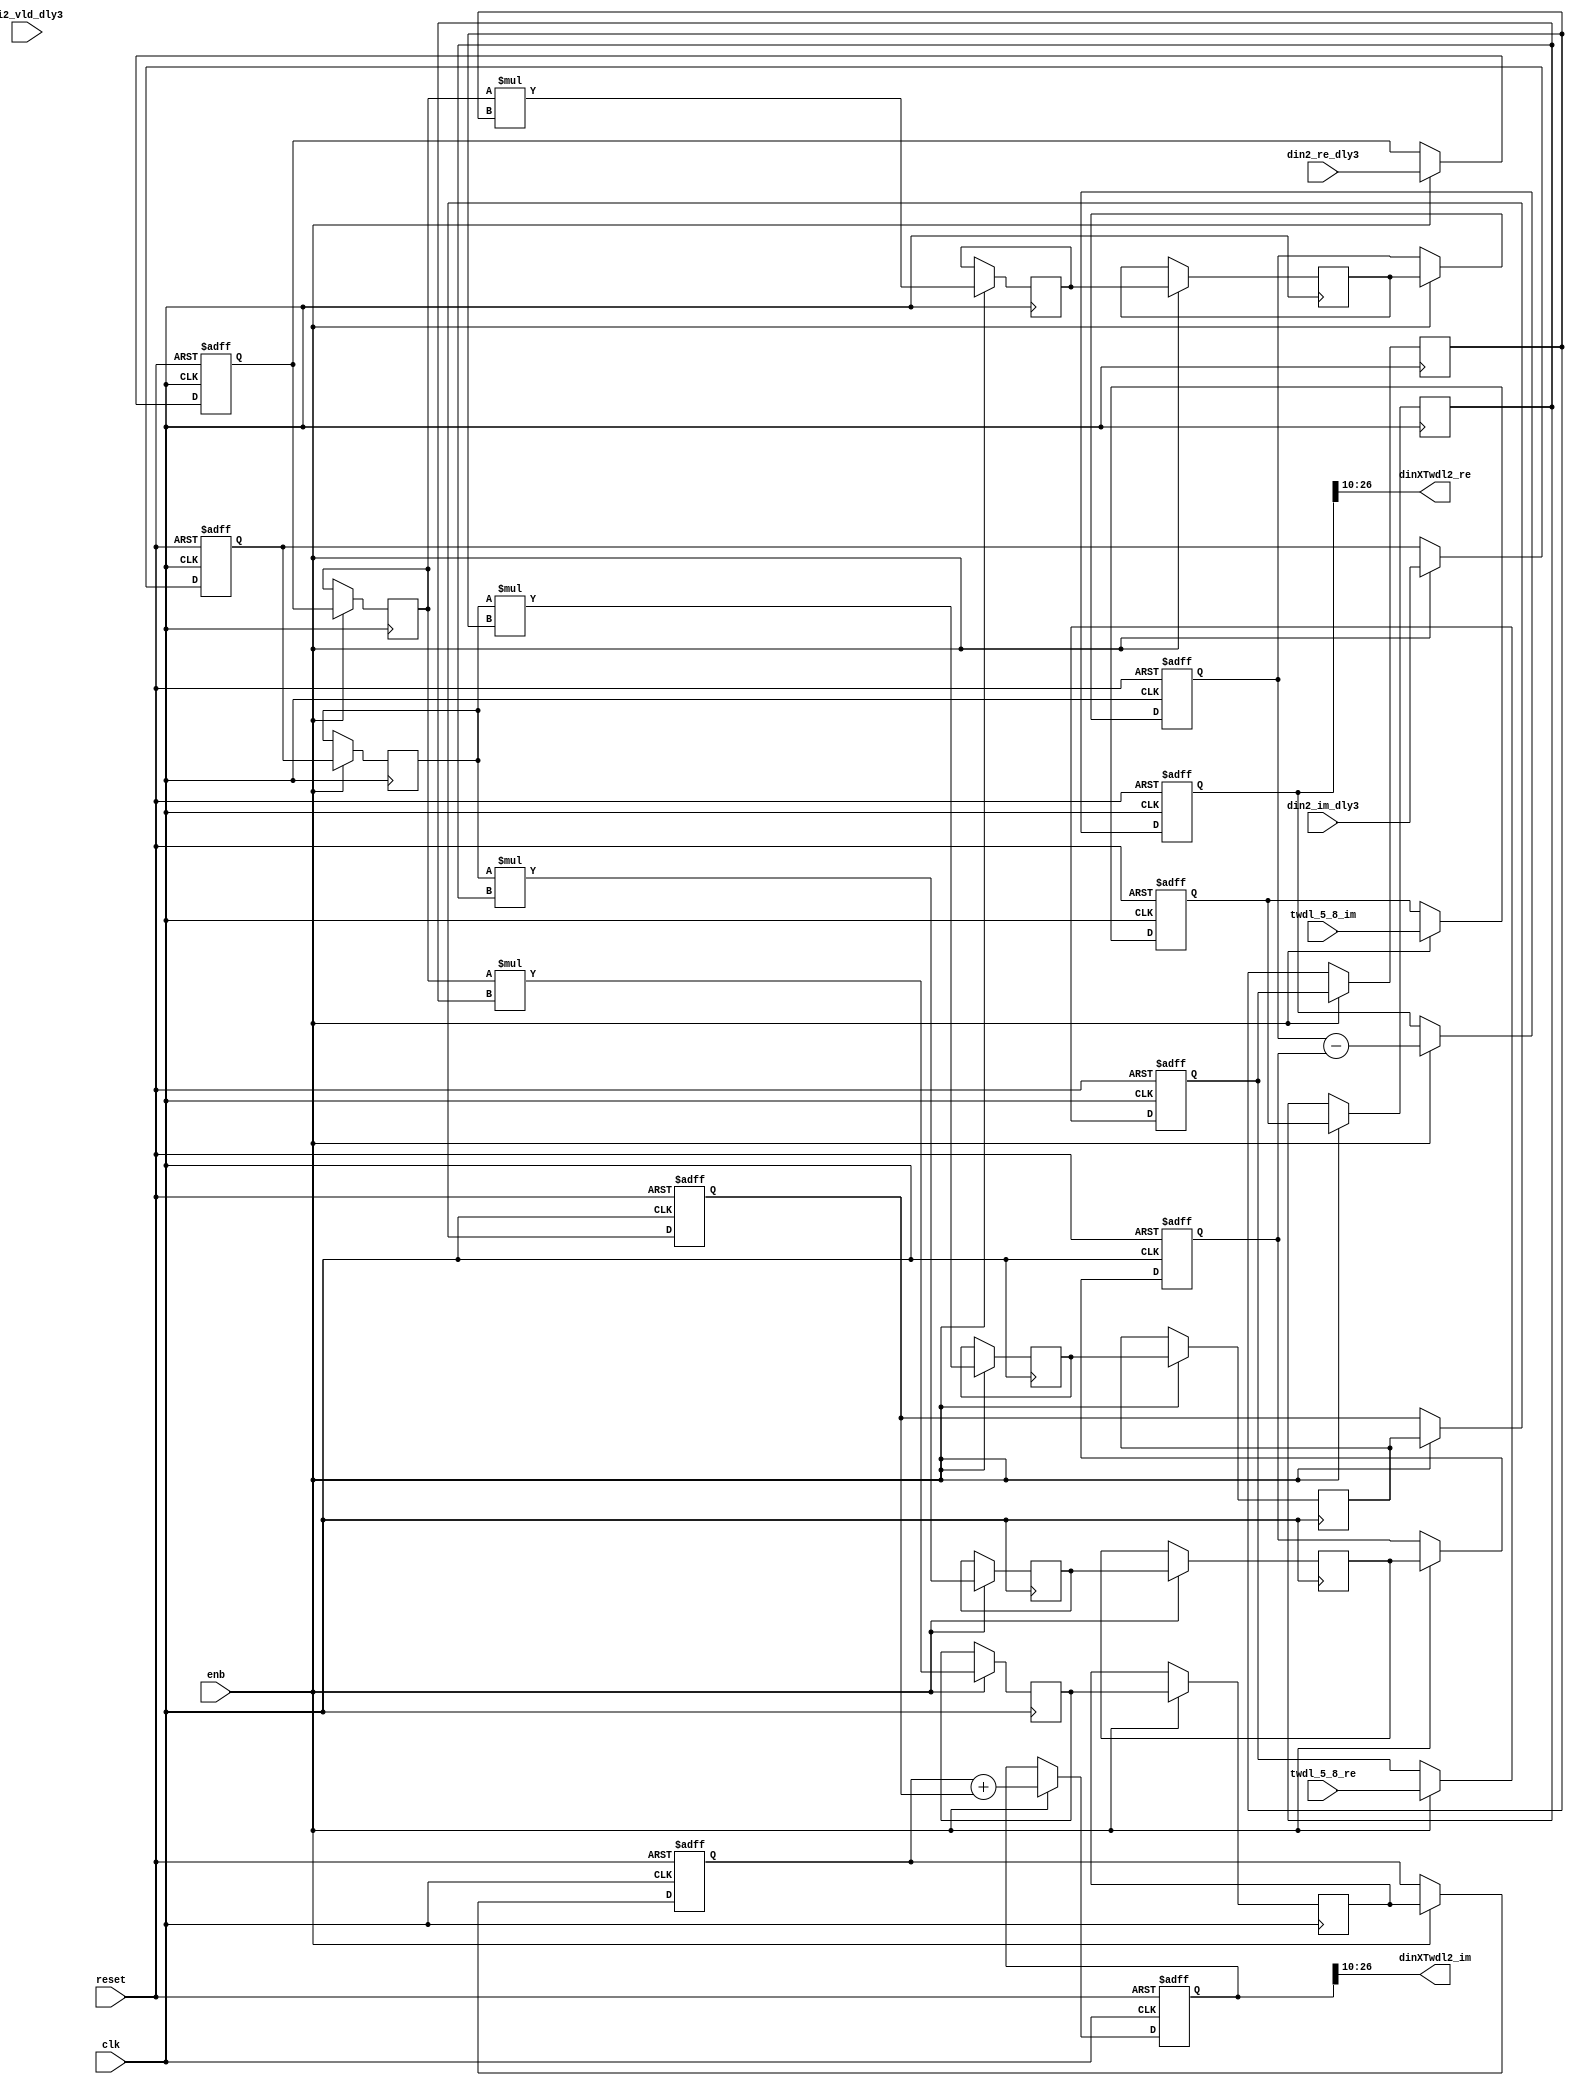
// -------------------------------------------------------------
// 
// 
// Generated by MATLAB 9.14 and HDL Coder 4.1
// 
// -------------------------------------------------------------


// -------------------------------------------------------------
// 
// Module: Complex4Multiply_block30
// Source Path: RSP/RSP/Velocity Processor/Doppler Processing/Doppler Processor/FFT/RADIX22FFT_SDNF1_5/Complex4Multiply
// Hierarchy Level: 6
// 
// -------------------------------------------------------------

`timescale 1 ns / 1 ns

module Complex4Multiply_block30
          (clk,
           reset,
           enb,
           din2_re_dly3,
           din2_im_dly3,
           di2_vld_dly3,
           twdl_5_8_re,
           twdl_5_8_im,
           dinXTwdl2_re,
           dinXTwdl2_im);


  input   clk;
  input   reset;
  input   enb;
  input   signed [16:0] din2_re_dly3;  // sfix17_En10
  input   signed [16:0] din2_im_dly3;  // sfix17_En10
  input   di2_vld_dly3;
  input   signed [11:0] twdl_5_8_re;  // sfix12_En10
  input   signed [11:0] twdl_5_8_im;  // sfix12_En10
  output  signed [16:0] dinXTwdl2_re;  // sfix17_En10
  output  signed [16:0] dinXTwdl2_im;  // sfix17_En10


  reg signed [16:0] din_re_reg;  // sfix17_En10
  reg signed [16:0] din_im_reg;  // sfix17_En10
  reg signed [11:0] twdl_re_reg;  // sfix12_En10
  reg signed [11:0] twdl_im_reg;  // sfix12_En10
  reg signed [16:0] Complex4Multiply_din1_re_pipe1;  // sfix17
  reg signed [16:0] Complex4Multiply_din1_im_pipe1;  // sfix17
  reg signed [28:0] Complex4Multiply_mult1_re_pipe1;  // sfix29
  reg signed [28:0] Complex4Multiply_mult2_re_pipe1;  // sfix29
  reg signed [28:0] Complex4Multiply_mult1_im_pipe1;  // sfix29
  reg signed [28:0] Complex4Multiply_mult2_im_pipe1;  // sfix29
  reg signed [11:0] Complex4Multiply_twiddle_re_pipe1;  // sfix12
  reg signed [11:0] Complex4Multiply_twiddle_im_pipe1;  // sfix12
  reg signed [28:0] prod1_re;  // sfix29_En20
  reg signed [28:0] prod1_im;  // sfix29_En20
  reg signed [28:0] prod2_re;  // sfix29_En20
  reg signed [28:0] prod2_im;  // sfix29_En20
  reg  din_vld_dly1;
  reg  din_vld_dly2;
  reg  din_vld_dly3;
  reg  prod_vld;
  reg signed [29:0] Complex4Add_multRes_re_reg;  // sfix30
  reg signed [29:0] Complex4Add_multRes_im_reg;  // sfix30
  reg  Complex4Add_prod_vld_reg1;
  reg signed [28:0] Complex4Add_prod1_re_reg;  // sfix29
  reg signed [28:0] Complex4Add_prod1_im_reg;  // sfix29
  reg signed [28:0] Complex4Add_prod2_re_reg;  // sfix29
  reg signed [28:0] Complex4Add_prod2_im_reg;  // sfix29
  wire signed [29:0] Complex4Add_multRes_re_reg_next;  // sfix30_En20
  wire signed [29:0] Complex4Add_multRes_im_reg_next;  // sfix30_En20
  wire signed [29:0] Complex4Add_sub_cast;  // sfix30_En20
  wire signed [29:0] Complex4Add_sub_cast_1;  // sfix30_En20
  wire signed [29:0] Complex4Add_add_cast;  // sfix30_En20
  wire signed [29:0] Complex4Add_add_cast_1;  // sfix30_En20
  wire signed [29:0] mulResFP_re;  // sfix30_En20
  wire signed [29:0] mulResFP_im;  // sfix30_En20
  reg  din_vld_dly9;

  initial begin
    Complex4Multiply_din1_re_pipe1 = 17'sb00000000000000000;
    Complex4Multiply_din1_im_pipe1 = 17'sb00000000000000000;
    Complex4Multiply_twiddle_re_pipe1 = 12'sb000000000000;
    Complex4Multiply_twiddle_im_pipe1 = 12'sb000000000000;
    Complex4Multiply_mult1_re_pipe1 = 29'sb00000000000000000000000000000;
    Complex4Multiply_mult2_re_pipe1 = 29'sb00000000000000000000000000000;
    Complex4Multiply_mult1_im_pipe1 = 29'sb00000000000000000000000000000;
    Complex4Multiply_mult2_im_pipe1 = 29'sb00000000000000000000000000000;
    prod1_re = 29'sb00000000000000000000000000000;
    prod2_re = 29'sb00000000000000000000000000000;
    prod1_im = 29'sb00000000000000000000000000000;
    prod2_im = 29'sb00000000000000000000000000000;
  end

  always @(posedge clk or posedge reset)
    begin : intdelay_process
      if (reset == 1'b1) begin
        din_re_reg <= 17'sb00000000000000000;
      end
      else begin
        if (enb) begin
          din_re_reg <= din2_re_dly3;
        end
      end
    end



  always @(posedge clk or posedge reset)
    begin : intdelay_1_process
      if (reset == 1'b1) begin
        din_im_reg <= 17'sb00000000000000000;
      end
      else begin
        if (enb) begin
          din_im_reg <= din2_im_dly3;
        end
      end
    end



  always @(posedge clk or posedge reset)
    begin : intdelay_2_process
      if (reset == 1'b1) begin
        twdl_re_reg <= 12'sb000000000000;
      end
      else begin
        if (enb) begin
          twdl_re_reg <= twdl_5_8_re;
        end
      end
    end



  always @(posedge clk or posedge reset)
    begin : intdelay_3_process
      if (reset == 1'b1) begin
        twdl_im_reg <= 12'sb000000000000;
      end
      else begin
        if (enb) begin
          twdl_im_reg <= twdl_5_8_im;
        end
      end
    end



  // Complex4Multiply
  always @(posedge clk)
    begin : Complex4Multiply_process
      if (enb) begin
        prod1_re <= Complex4Multiply_mult1_re_pipe1;
        prod2_re <= Complex4Multiply_mult2_re_pipe1;
        prod1_im <= Complex4Multiply_mult1_im_pipe1;
        prod2_im <= Complex4Multiply_mult2_im_pipe1;
        Complex4Multiply_mult1_re_pipe1 <= Complex4Multiply_din1_re_pipe1 * Complex4Multiply_twiddle_re_pipe1;
        Complex4Multiply_mult2_re_pipe1 <= Complex4Multiply_din1_im_pipe1 * Complex4Multiply_twiddle_im_pipe1;
        Complex4Multiply_mult1_im_pipe1 <= Complex4Multiply_din1_re_pipe1 * Complex4Multiply_twiddle_im_pipe1;
        Complex4Multiply_mult2_im_pipe1 <= Complex4Multiply_din1_im_pipe1 * Complex4Multiply_twiddle_re_pipe1;
        Complex4Multiply_twiddle_re_pipe1 <= twdl_re_reg;
        Complex4Multiply_twiddle_im_pipe1 <= twdl_im_reg;
        Complex4Multiply_din1_re_pipe1 <= din_re_reg;
        Complex4Multiply_din1_im_pipe1 <= din_im_reg;
      end
    end



  always @(posedge clk or posedge reset)
    begin : intdelay_4_process
      if (reset == 1'b1) begin
        din_vld_dly1 <= 1'b0;
      end
      else begin
        if (enb) begin
          din_vld_dly1 <= di2_vld_dly3;
        end
      end
    end



  always @(posedge clk or posedge reset)
    begin : intdelay_5_process
      if (reset == 1'b1) begin
        din_vld_dly2 <= 1'b0;
      end
      else begin
        if (enb) begin
          din_vld_dly2 <= din_vld_dly1;
        end
      end
    end



  always @(posedge clk or posedge reset)
    begin : intdelay_6_process
      if (reset == 1'b1) begin
        din_vld_dly3 <= 1'b0;
      end
      else begin
        if (enb) begin
          din_vld_dly3 <= din_vld_dly2;
        end
      end
    end



  always @(posedge clk or posedge reset)
    begin : intdelay_7_process
      if (reset == 1'b1) begin
        prod_vld <= 1'b0;
      end
      else begin
        if (enb) begin
          prod_vld <= din_vld_dly3;
        end
      end
    end



  // Complex4Add
  always @(posedge clk or posedge reset)
    begin : Complex4Add_process
      if (reset == 1'b1) begin
        Complex4Add_multRes_re_reg <= 30'sb000000000000000000000000000000;
        Complex4Add_multRes_im_reg <= 30'sb000000000000000000000000000000;
        Complex4Add_prod1_re_reg <= 29'sb00000000000000000000000000000;
        Complex4Add_prod1_im_reg <= 29'sb00000000000000000000000000000;
        Complex4Add_prod2_re_reg <= 29'sb00000000000000000000000000000;
        Complex4Add_prod2_im_reg <= 29'sb00000000000000000000000000000;
        Complex4Add_prod_vld_reg1 <= 1'b0;
        din_vld_dly9 <= 1'b0;
      end
      else begin
        if (enb) begin
          Complex4Add_multRes_re_reg <= Complex4Add_multRes_re_reg_next;
          Complex4Add_multRes_im_reg <= Complex4Add_multRes_im_reg_next;
          Complex4Add_prod1_re_reg <= prod1_re;
          Complex4Add_prod1_im_reg <= prod1_im;
          Complex4Add_prod2_re_reg <= prod2_re;
          Complex4Add_prod2_im_reg <= prod2_im;
          din_vld_dly9 <= Complex4Add_prod_vld_reg1;
          Complex4Add_prod_vld_reg1 <= prod_vld;
        end
      end
    end

  assign Complex4Add_sub_cast = {Complex4Add_prod1_re_reg[28], Complex4Add_prod1_re_reg};
  assign Complex4Add_sub_cast_1 = {Complex4Add_prod2_re_reg[28], Complex4Add_prod2_re_reg};
  assign Complex4Add_multRes_re_reg_next = Complex4Add_sub_cast - Complex4Add_sub_cast_1;
  assign Complex4Add_add_cast = {Complex4Add_prod1_im_reg[28], Complex4Add_prod1_im_reg};
  assign Complex4Add_add_cast_1 = {Complex4Add_prod2_im_reg[28], Complex4Add_prod2_im_reg};
  assign Complex4Add_multRes_im_reg_next = Complex4Add_add_cast + Complex4Add_add_cast_1;
  assign mulResFP_re = Complex4Add_multRes_re_reg;
  assign mulResFP_im = Complex4Add_multRes_im_reg;



  assign dinXTwdl2_re = mulResFP_re[26:10];



  assign dinXTwdl2_im = mulResFP_im[26:10];



endmodule  // Complex4Multiply_block30